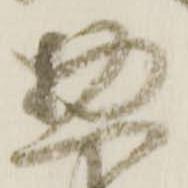
惣